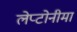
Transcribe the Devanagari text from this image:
लेप्टोनीमा